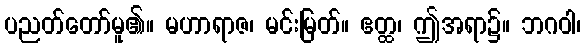
ပညတ်တော်မူ၏။ မဟာရာဇ၊ မင်းမြတ်။ ဧတ္ထ၊ ဤအရာ၌။ ဘဂဝါ၊